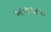
ખચમાઝ